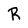
Character: R